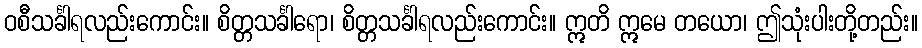
ဝစီသင်္ခါရလည်းကောင်း။ စိတ္တသင်္ခါရော၊ စိတ္တသင်္ခါရလည်းကောင်း။ ဣတိ ဣမေ တယော၊ ဤသုံးပါးတို့တည်း။